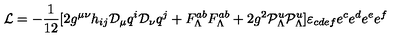
{ \cal L } = - { \frac { 1 } { 1 2 } } [ 2 g ^ { \mu \nu } h _ { i j } { \cal D } _ { \mu } q ^ { i } { \cal D } _ { \nu } q ^ { j } + F _ { \Lambda } ^ { a b } F _ { \Lambda } ^ { a b } + 2 g ^ { 2 } { \cal P } _ { \Lambda } ^ { u } { \cal P } _ { \Lambda } ^ { u } ] \varepsilon _ { c d e f } e ^ { c } e ^ { d } e ^ { e } e ^ { f }